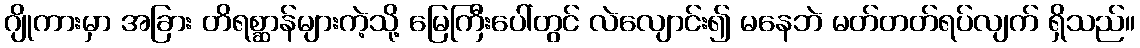
ဂျိုကားမှာ အခြား တိရစ္ဆာန်များကဲ့သို့ မြေကြီးပေါ်တွင် လဲလျောင်း၍ မနေဘဲ မတ်တတ်ရပ်လျက် ရှိသည်။